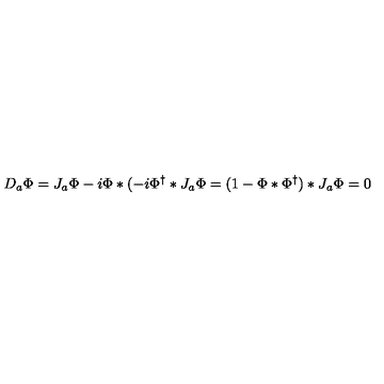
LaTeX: D _ { a } \Phi = J _ { a } \Phi - i \Phi * ( - i \Phi ^ { \dag } * J _ { a } \Phi = ( 1 - \Phi * \Phi ^ { \dag } ) * J _ { a } \Phi = 0